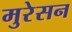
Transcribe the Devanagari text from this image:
मुरेसन